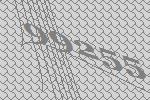
99255